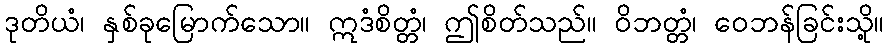
ဒုတိယံ၊ နှစ်ခုမြောက်သော။ ဣဒံစိတ္တံ၊ ဤစိတ်သည်။ ဝိဘတ္တံ၊ ဝေဘန်ခြင်းသို့။